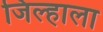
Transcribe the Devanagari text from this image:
जिल्हाला